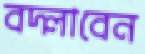
বদ্‌লাবেন